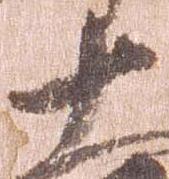
十